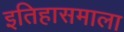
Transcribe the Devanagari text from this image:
इतिहासमाला